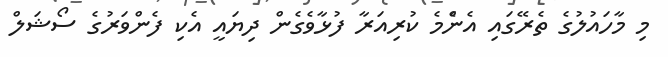
މި މާހައުލުގެ ތެރޭގައި އެންެމެ ކުރިއަރާ ފުޅާވެގެން ދިޔައީ އެކި ފެންވަރުގެ ސޯޝަލް